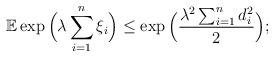
LaTeX: \begin{align*}\mathbb{E}\exp\Big(\lambda\sum_{i=1}^n\xi_i\Big)\le \exp\Big(\frac{\lambda^2\sum_{i=1}^nd_i^2}{2}\Big);\end{align*}